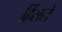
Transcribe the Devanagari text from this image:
हिंसले